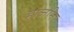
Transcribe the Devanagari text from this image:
हार्जान